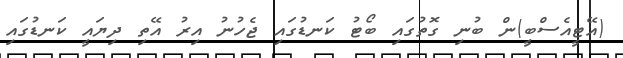
(އޭޓީއެސްބީ)ން ބުނި ގޮތުގައި ބޯޓު ކަނޑުގައި ޖެހުނު އިރު އޭތި ދިޔައީ ކަނޑުގައި